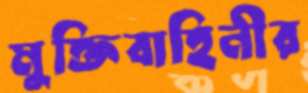
মুক্তিবাহিনীর